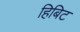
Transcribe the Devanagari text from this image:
हिबिट